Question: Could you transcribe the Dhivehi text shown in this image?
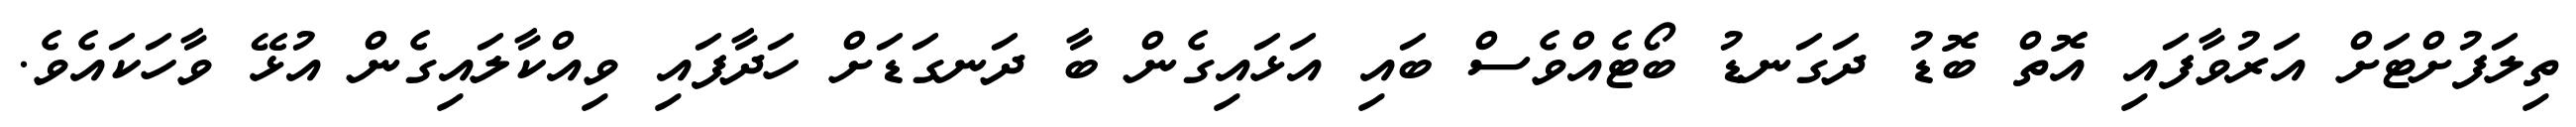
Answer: ތިލަފުށްޓަށް އަރުވާފައި އޮތް ބޮޑު ދަގަނޑު ބޯޓެއްވެސް ބައި އަޅައިގެން ބާ ދަނގަޑަށް ހަދާފައި ވިއްކާލައިގެން އުޅޭ ވާހަކައެވެ.